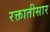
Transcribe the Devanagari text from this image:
रक्तातीसार